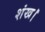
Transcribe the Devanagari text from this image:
शंख।